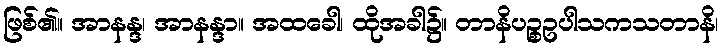
ဖြစ်၏။ အာနန္ဒ၊ အာနန္ဒာ။ အထခေါ၊ ထိုအခါ၌။ တာနိပဉ္စဥပါသကသတာနိ၊